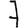
Digit: 7